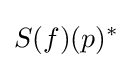
S(f)(p)^{*}